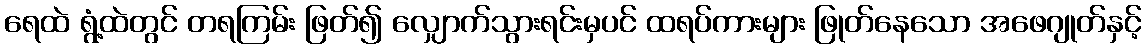
ရေထဲ ရွံ့ထဲတွင် တရကြမ်း ဖြတ်၍ လျှောက်သွားရင်းမှပင် ထရပ်ကားများ ဖြုတ်နေသော အဖေဂျုတ်နှင့်